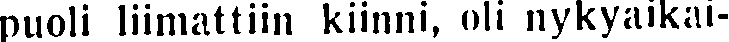
puoli liimattiin kiinni, oli nykyaikai-